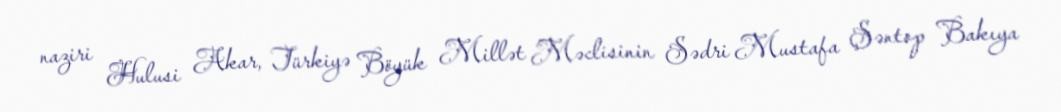
naziri Hulusi Akar, Türkiyə Böyük Millət Məclisinin Sədri Mustafa Şəntop Bakıya